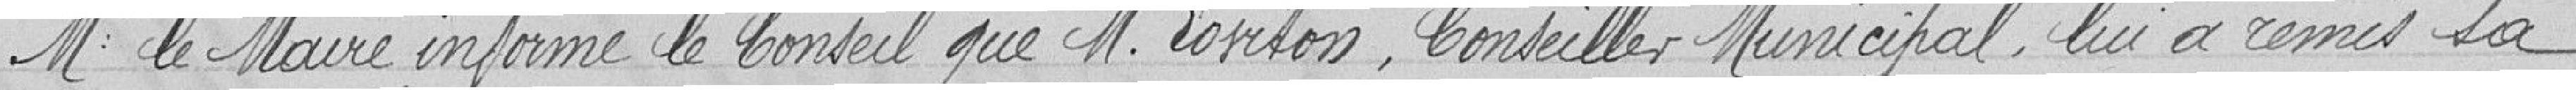
Mr le Maire informe le Conseil que M. Loviton, Conseiller Municipal, lui a remis sa